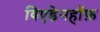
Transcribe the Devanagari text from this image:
विएडेनहॉफ़